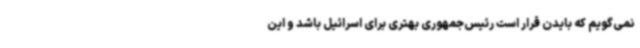
نمی‌گویم که بایدن قرار است رئیس‌جمهوری بهتری برای اسرائیل باشد و این